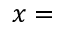
x =